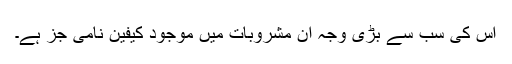
اس کی سب سے بڑی وجہ ان مشروبات میں موجود کیفین نامی جز ہے۔